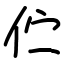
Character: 伫